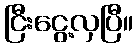
ငြီးငွေ့လှပြီ။